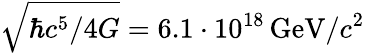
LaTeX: \sqrt{\hbar c^{5}/4G}=6.1\cdot 10^{18}\, \mathrm{GeV}/c^{2}